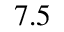
7 . 5